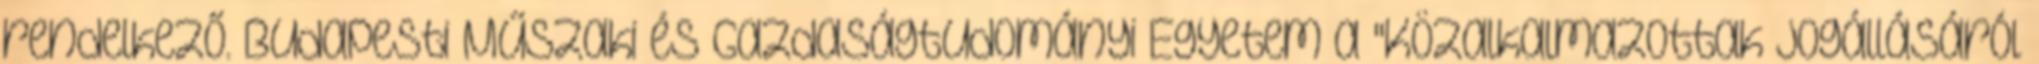
rendelkező. Budapesti Műszaki és Gazdaságtudományi Egyetem a "Közalkalmazottak jogállásáról